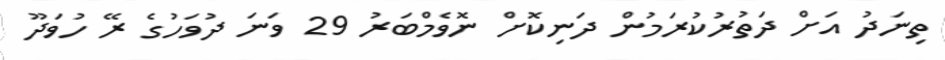
ތިނަދު އަށް ދަތުރުކުރަމުން ދަނިކޮށް ނޮވެމްބަރު 29 ވަނަ ދުވަހުގެ ރޭ ހުވަދޫ